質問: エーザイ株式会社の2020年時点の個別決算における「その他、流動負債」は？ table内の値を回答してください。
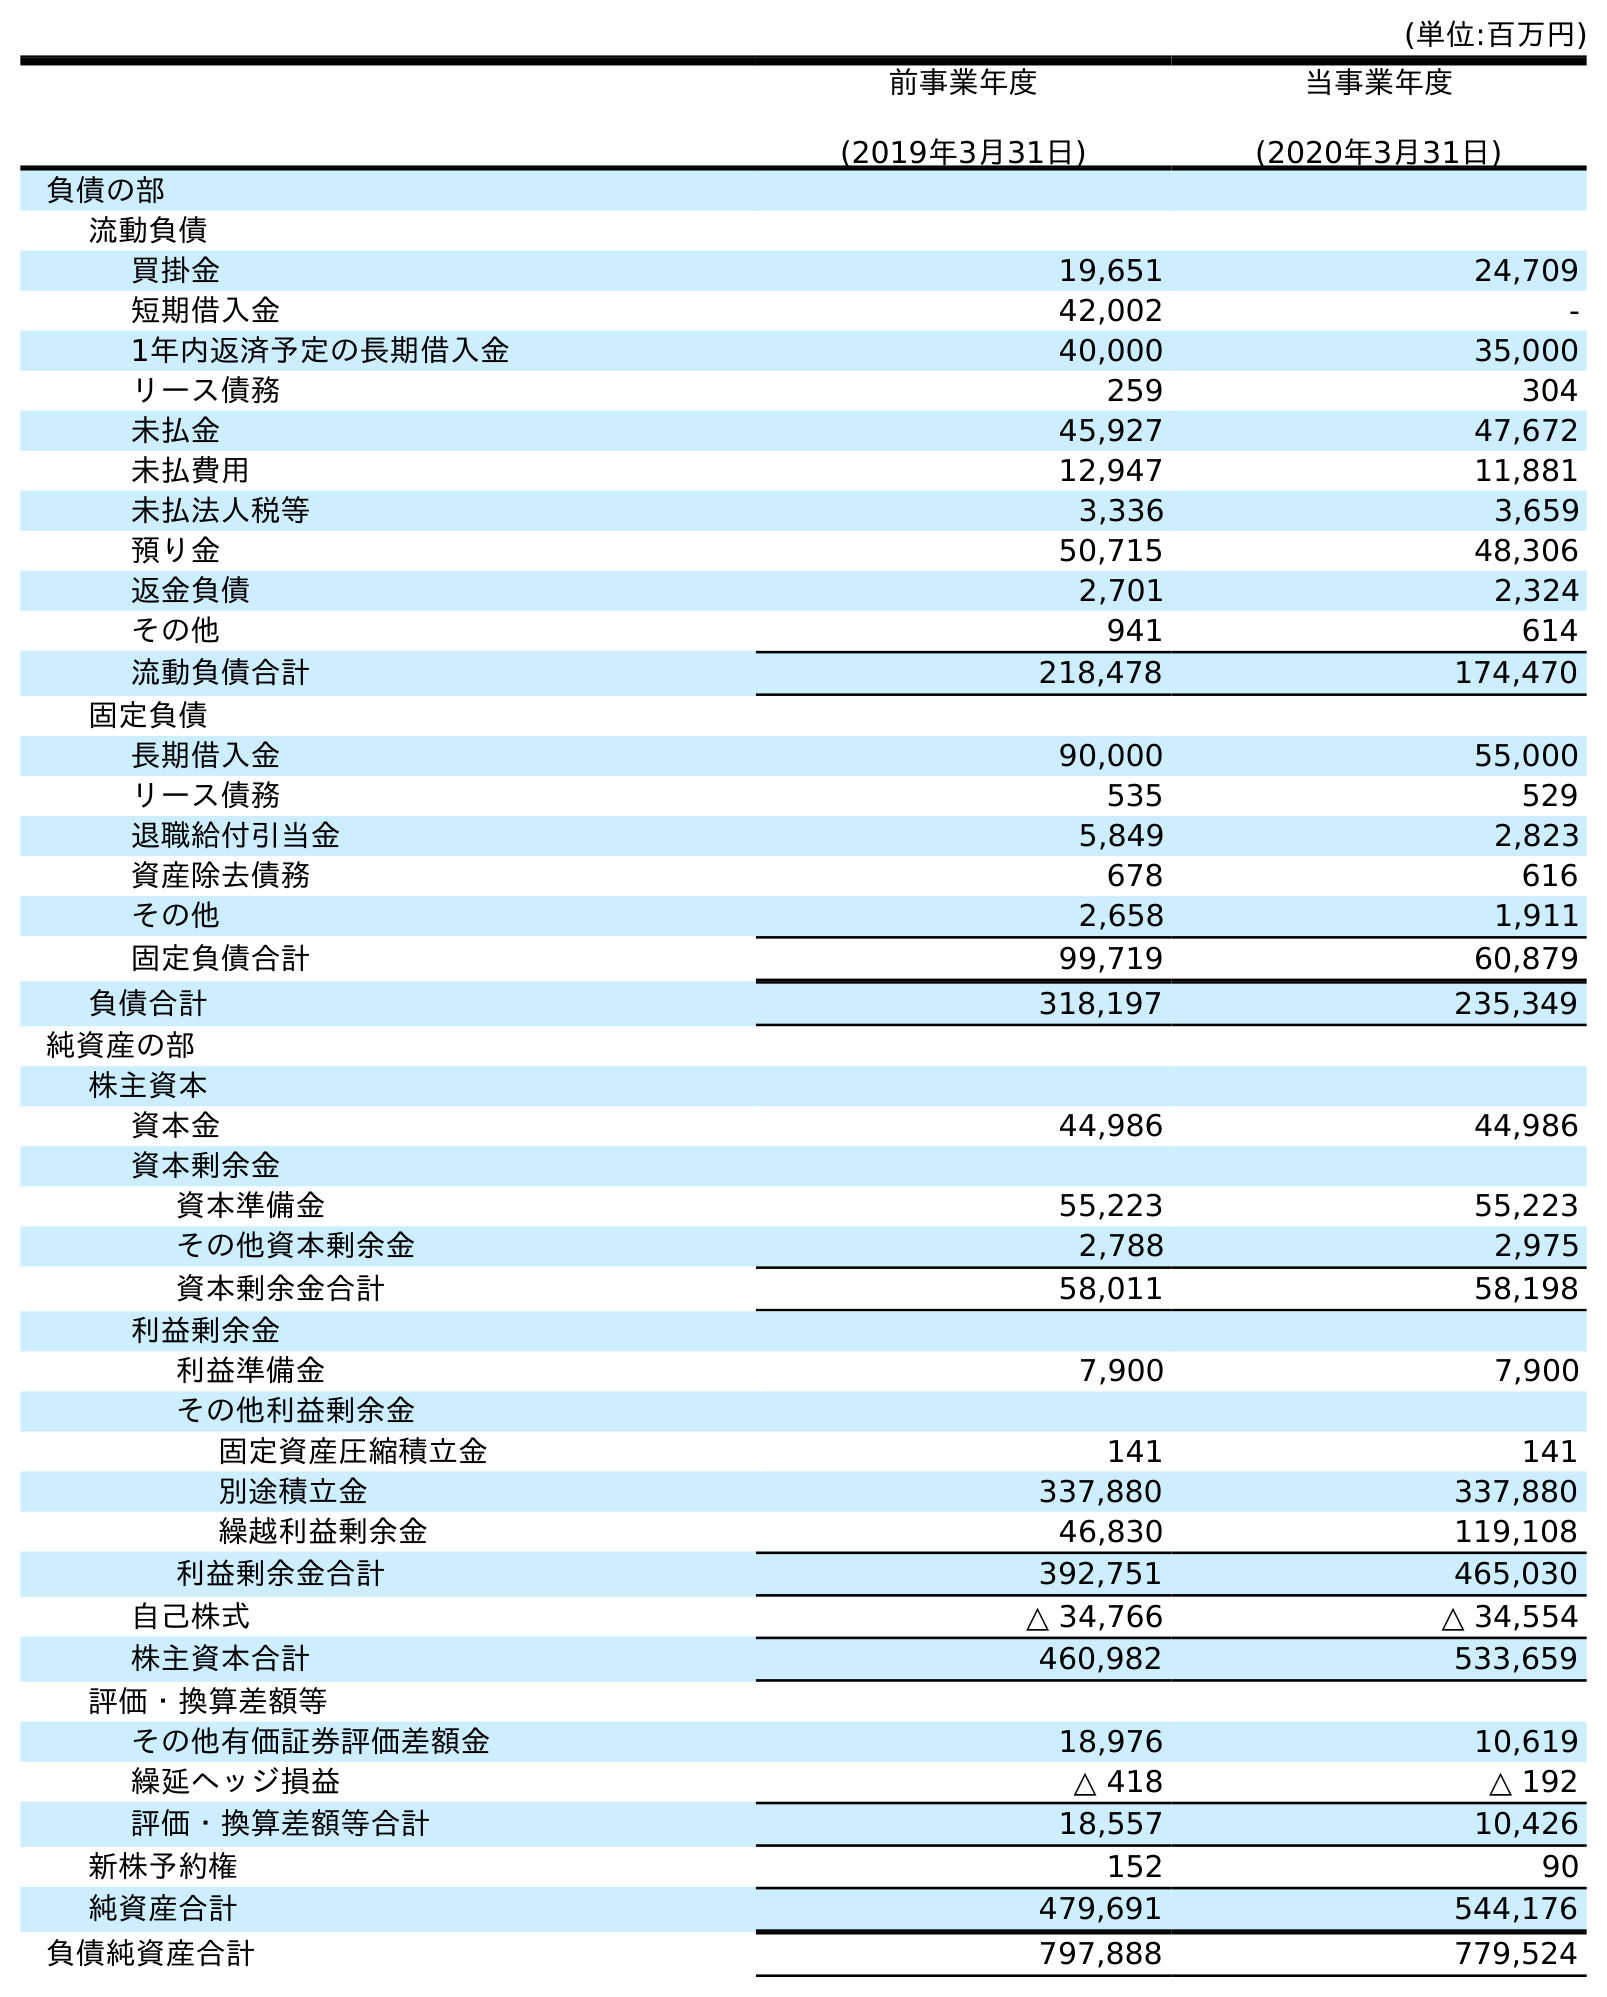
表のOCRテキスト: (単位:百万円) 前事業年度 (2019年3月31日) 当事業年度 (2020年3月31日) 負債の部 流動負債 買掛金 19,651 24,709 短期借入金 42,002 - 1年内返済予定の長期借入金 40,000 35,000 リース債務 259 304 未払金 45,927 47,672 未払費用 12,947 11,881 未払法人税等 3,336 3,659 預り金 50,715 48,306 返金負債 2,701 2,324 その他 941 614 流動負債合計 218,478 174,470 固定負債 長期借入金 90,000 55,000 リース債務 535 529 退職給付引当金 5,849 2,823 資産除去債務 678 616 その他 2,658 1,911 固定負債合計 99,719 60,879 負債合計 318,197 235,349 純資産の部 株主資本 資本金 44,986 44,986 資本剰余金 資本準備金 55,223 55,223 その他資本剰余金 2,788 2,975 資本剰余金合計 58,011 58,198 利益剰余金 利益準備金 7,900 7,900 その他利益剰余金 固定資産圧縮積立金 141 141 別途積立金 337,880 337,880 繰越利益剰余金 46,830 119,108 利益剰余金合計 392,751 465,030 自己株式 △ 34,766 △ 34,554 株主資本合計 460,982 533,659 評価・換算差額等 その他有価証券評価差額金 18,976 10,619 繰延ヘッジ損益 △ 418 △ 192 評価・換算差額等合計 18,557 10,426 新株予約権 152 90 純資産合計 479,691 544,176 負債純資産合計 797,888 779,524
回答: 614